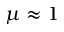
\mu \approx 1